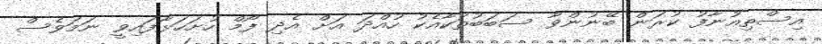
އިސްތިއުނާފު ކުރަން ބޭނުންވާ ސަބަބުތަކާއެކު ހުއްދަ އަށް އެދި ފޯމް ހުށަހަޅާފައިވީ ނަމަވެސް